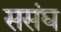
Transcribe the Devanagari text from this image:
ससंघ